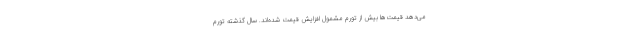
می‌دهد قیمت‌ها بیش از تورم مشمول افزایش قیمت شده‌اند. سال گذشته تورم